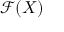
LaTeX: { \mathcal { F } } ( X )